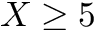
X \geq 5